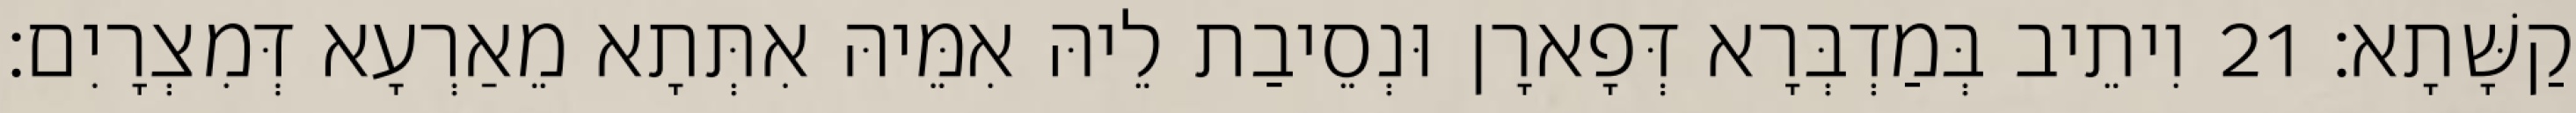
קַשָּׁתָא׃ 21 וִיתֵיב בְּמַדְבְּרָא דְּפָארָן וּנְסֵיבַת לֵיהּ אִמֵּיהּ אִתְּתָא מֵאַרְעָא דְּמִצְרָיִם׃